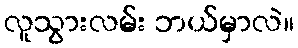
လူသွားလမ်း ဘယ်မှာလဲ။